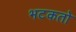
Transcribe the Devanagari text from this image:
भटकतो